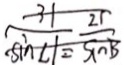
\frac { 3 1 } { \sin \angle 1 } = \frac { 2 1 } { \sin B }